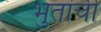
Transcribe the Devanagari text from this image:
भुतांची